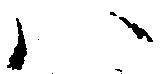
ハ